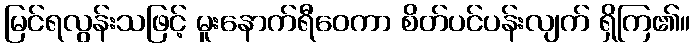
မြင်ရလွန်းသဖြင့် မူးနောက်ရီဝေကာ စိတ်ပင်ပန်းလျက် ရှိကြ၏။